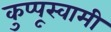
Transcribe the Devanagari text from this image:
कुप्पूस्वामी